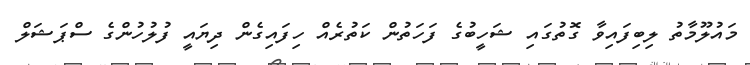
މައުލޫމާތު ލިބިފައިވާ ގޮތުގައި ޝަހީބުގެ ފަހަތުން ކަތުރެއް ހިފައިގެން ދިޔައީ ފުލުހުންގެ ސްޕަޝަލް